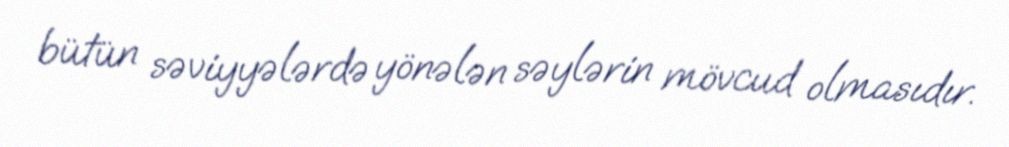
bütün səviyyələrdə yönələn səylərin mövcud olmasıdır.